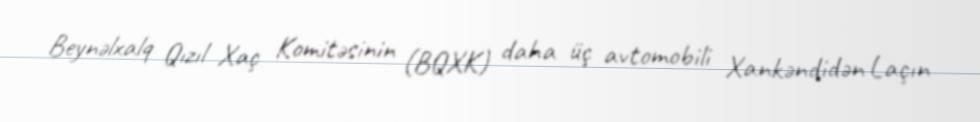
Beynəlxalq Qızıl Xaç Komitəsinin (BQXK) daha üç avtomobili Xankəndidən Laçın